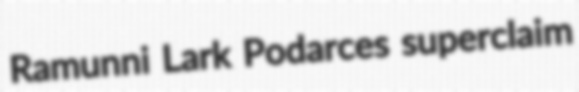
Ramunni Lark Podarces superclaim